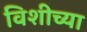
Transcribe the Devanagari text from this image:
विशीच्या